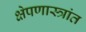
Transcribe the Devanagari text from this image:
क्षेपणास्त्रांत